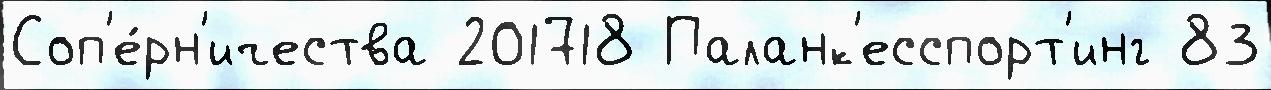
Соп'е́рн'ичества 201718 Паланк'есспорт'инг 83